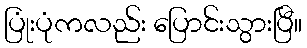
ပြုံးပုံကလည်း ပြောင်းသွားပြီ။